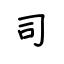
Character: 司